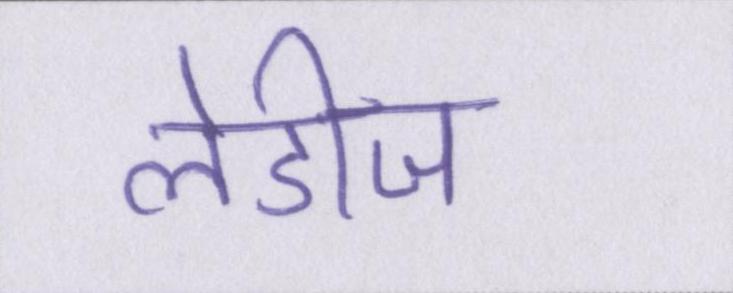
लेडीज